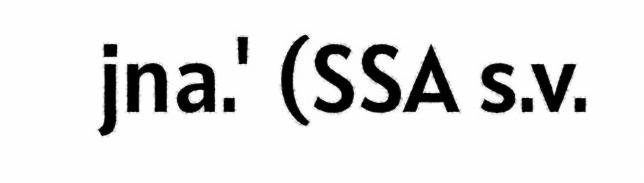
jna.' (SSA s.v.